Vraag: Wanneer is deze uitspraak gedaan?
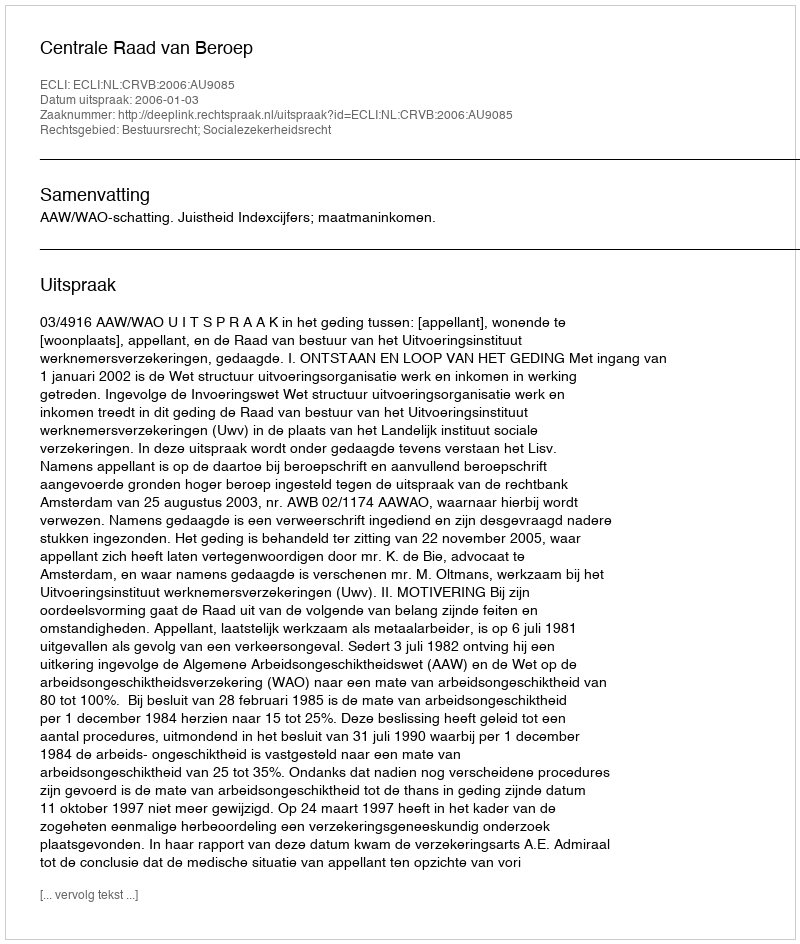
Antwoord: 2006-01-03